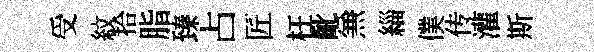
受紋拾脂臻占匠枉齔𠔥緇僕传灌斯